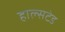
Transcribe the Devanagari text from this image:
हाल्सटेड